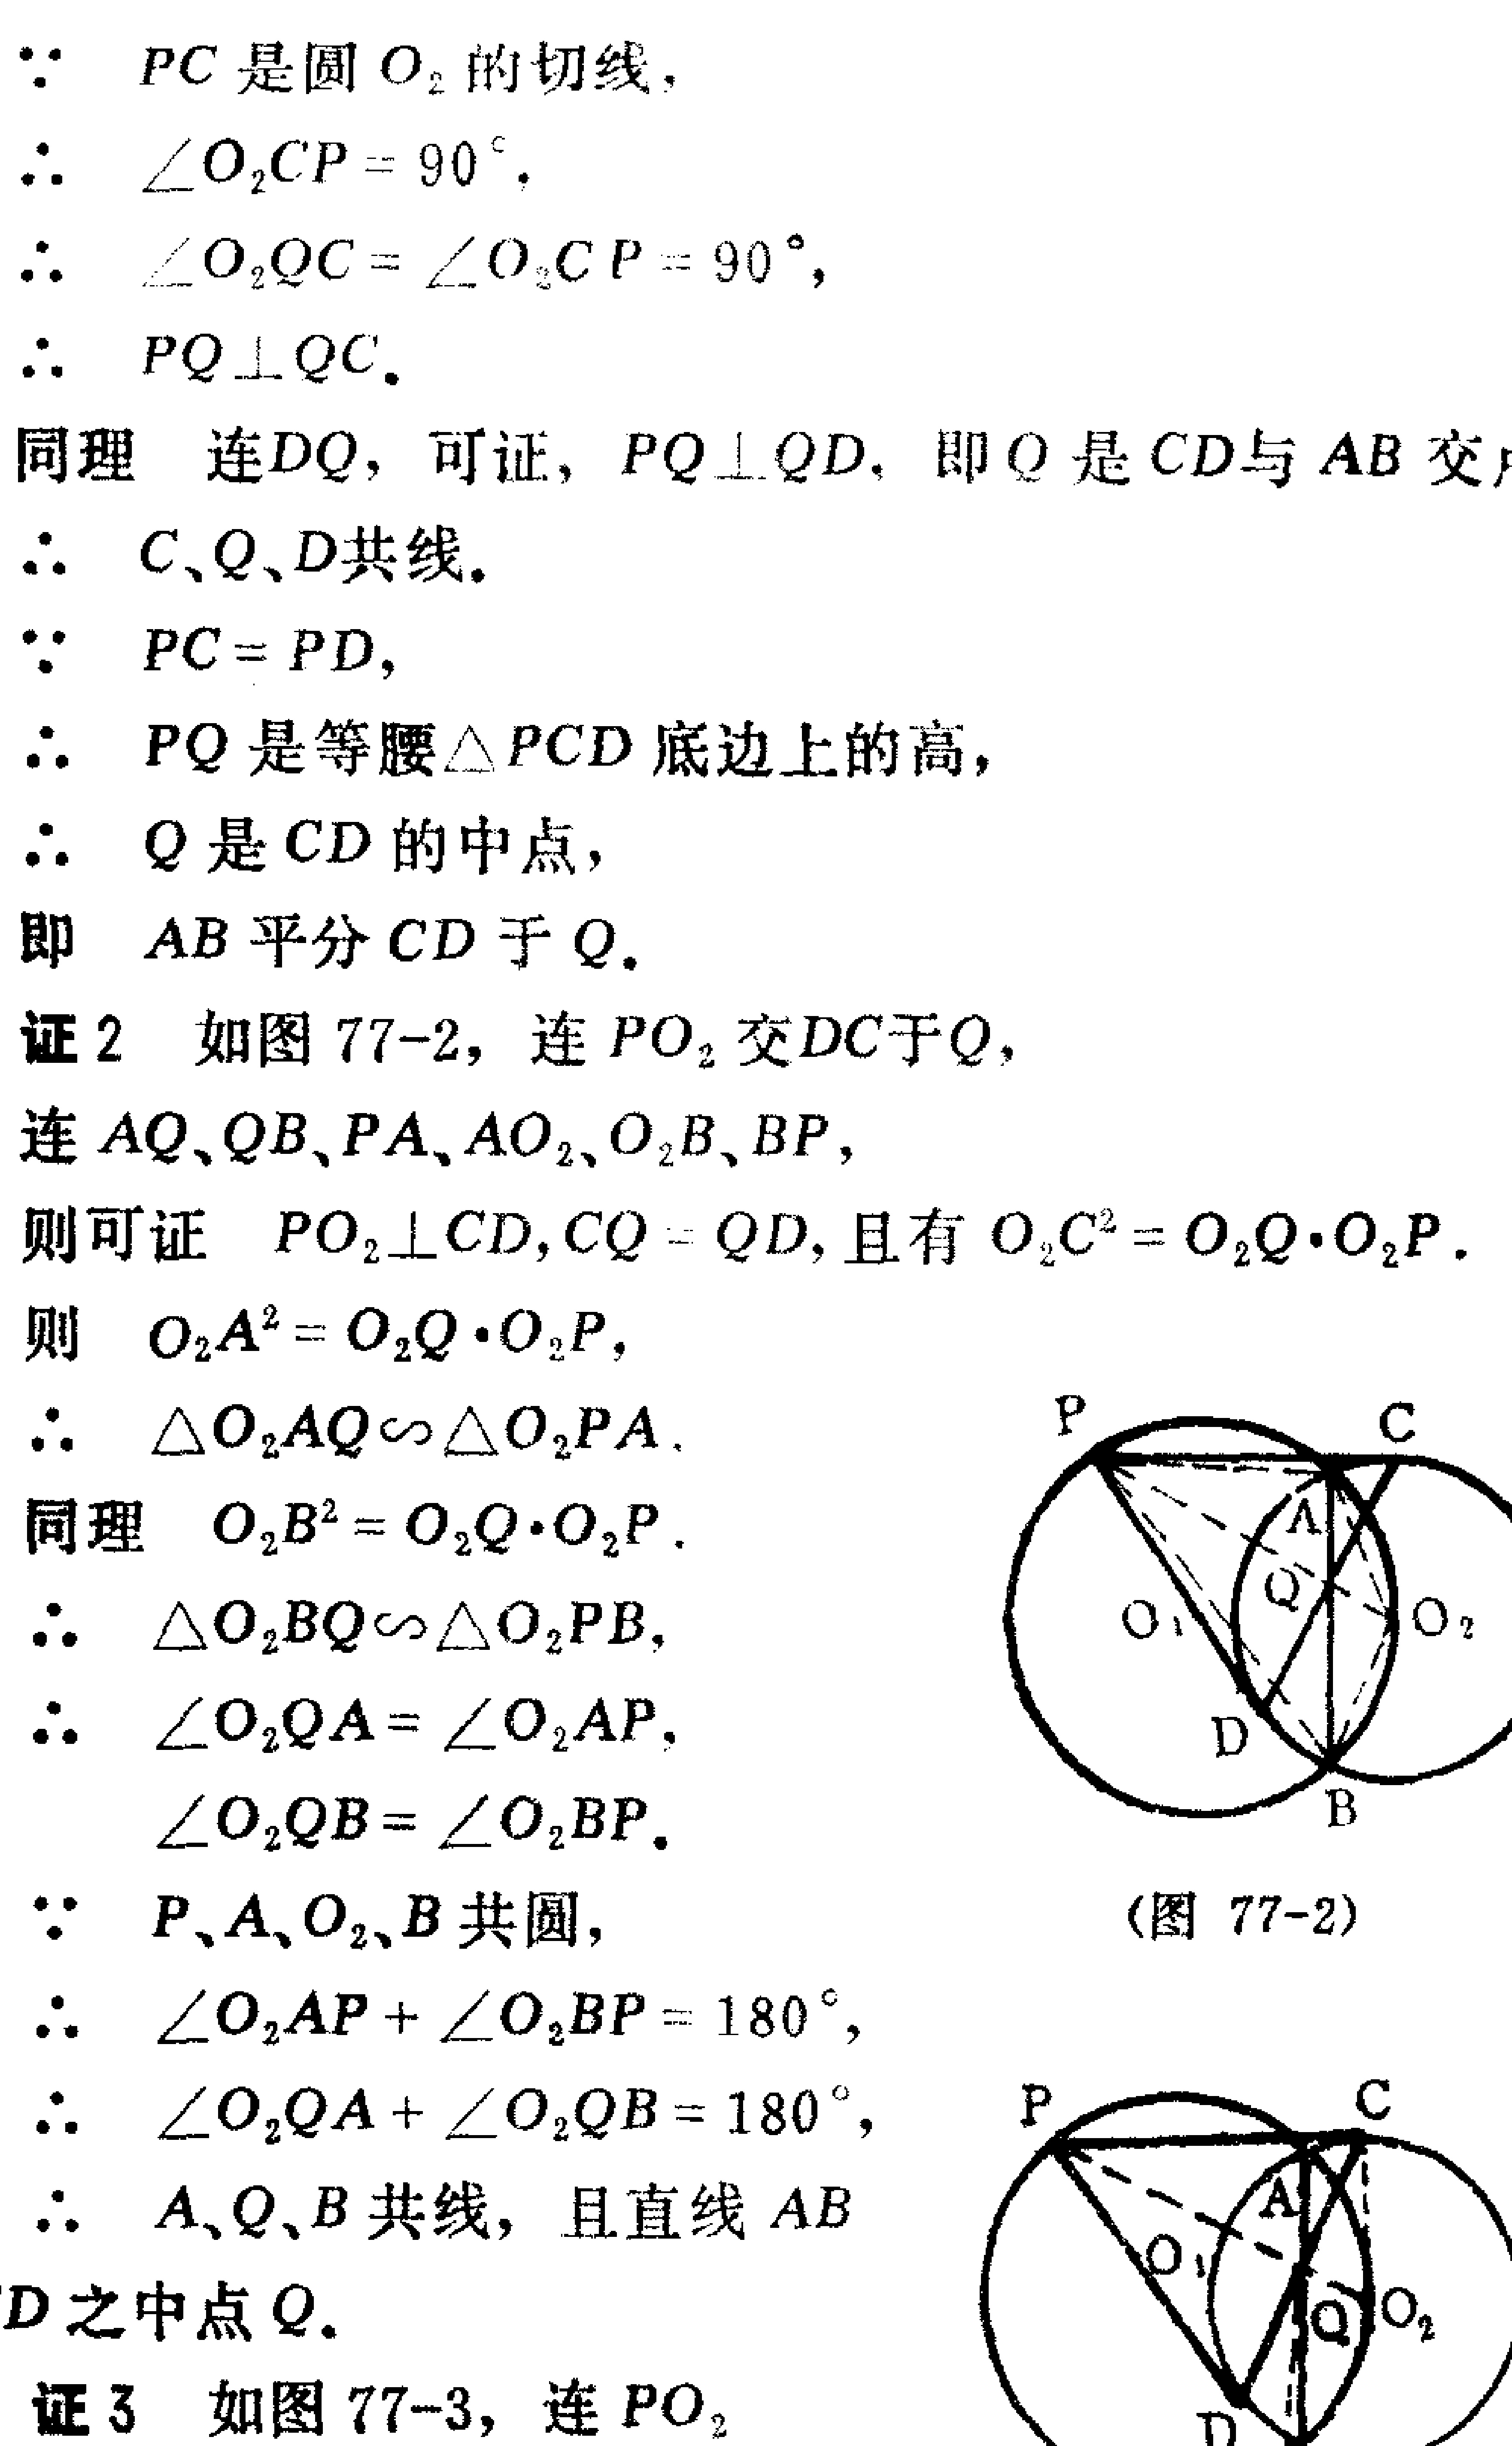
\(
\begin{align*}
&\because PC\text{ 是圆 }O_{2}\text{ 的切线},\\
&\therefore \angle O_{2}CP = 90^{\circ}.\\
&\therefore \angle O_{2}QC=\angle O_{2}CP = 90^{\circ},\\
&\therefore PQ\perp QC.\\
&\text{同理 连} DQ,\text{ 可证}, PQ\perp QD,\text{ 即}Q\text{ 是}CD\text{与}AB\text{交}\\
&\therefore C、Q、D\text{共线}.\\
&\because PC = PD,\\
&\therefore PQ\text{ 是等腰}\triangle PCD\text{ 底边上的高},\\
&\therefore Q\text{ 是}CD\text{ 的中点},\\
&\text{即 }AB\text{ 平分}CD\text{ 于}Q.\\
&\text{证2 如图 77-2，连}PO_{2}\text{ 交}DC\text{于}Q,\\
&\text{连}AQ、QB、PA、AO_{2}、O_{2}B、BP,\\
&\text{则可证 }PO_{2}\perp CD,CQ = QD,\text{ 且有}O_{2}C^{2}=O_{2}Q\cdot O_{2}P.\\
&\text{则 }O_{2}A^{2}=O_{2}Q\cdot O_{2}P,\\
&\therefore \triangle O_{2}AQ\sim\triangle O_{2}PA.\\
&\text{同理 }O_{2}B^{2}=O_{2}Q\cdot O_{2}P.\\
&\therefore \triangle O_{2}BQ\sim\triangle O_{2}PB,\\
&\therefore \angle O_{2}QA=\angle O_{2}AP,\\
&\angle O_{2}QB=\angle O_{2}BP.\\
&\because P、A、O_{2}、B\text{ 共圆},\\
&\therefore \angle O_{2}AP+\angle O_{2}BP = 180^{\circ},\\
&\therefore \angle O_{2}QA+\angle O_{2}QB = 180^{\circ},\\
&\therefore A、Q、B\text{ 共线，且直线}AB\\
&\text{}D\text{ 之中点}Q.\\
&\text{证3 如图 77-3，连}PO_{2}\\
\end{align*}
\)